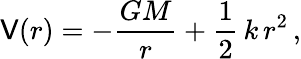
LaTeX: \mathsf{V}(r)=-{\frac{{GM}}{{r}}}+{\frac{{1}}{{2}}}\, k\, r^{2}\, ,